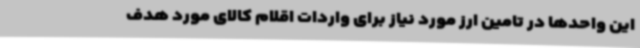
این واحدها در تامین ارز مورد نیاز برای واردات اقلام کالای مورد هدف